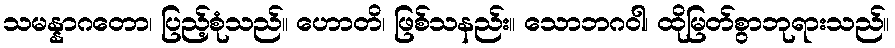
သမန္နာဂတော၊ ပြည့်စုံသည်။ ဟောတိ၊ ဖြစ်သနည်း။ သောဘဂဝါ၊ ထိုမြတ်စွာဘုရားသည်။